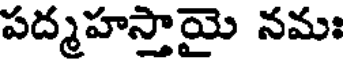
పద్మహస్తాయై నమః